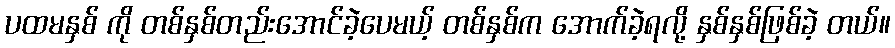
ပထမနှစ် ကို တစ်နှစ်တည်းအောင်ခဲ့ပေမယ့် တစ်နှစ်က အောက်ခဲ့ရလို့ နှစ်နှစ်ဖြစ်ခဲ့ တယ်။